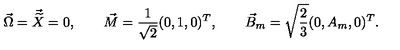
\vec { \Omega } = \vec { \widetilde { X } } = 0 , \qquad \vec { M } = \frac { 1 } { \sqrt { 2 } } ( 0 , 1 , 0 ) ^ { T } , \qquad \vec { B } _ { m } = \sqrt { \frac { 2 } { 3 } } ( 0 , A _ { m } , 0 ) ^ { T } .